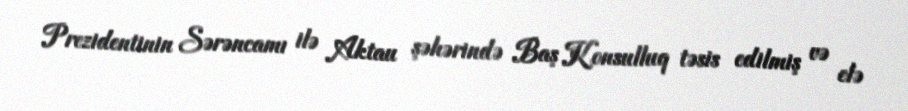
Prezidentinin Sərəncamı ilə Aktau şəhərində Baş Konsulluq təsis edilmiş və elə